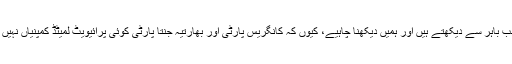
ہم جب باہر سے دیکھتے ہیں اور ہمیں دیکھنا چاہیے، کیوں کہ کانگریس پارٹی اور بھارتیہ جنتا پارٹی کوئی پرائیویٹ لمیٹڈ کمپنیاں نہیں ہیں۔